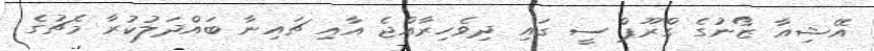
އޭޝިއާ ޒޯނުގެ ގްރޫޕް ސީ ގައި ދިވެހިރާއްޖެ އާއި ޗައިނާ ބައްދަލުކުރާ މެޗުގެ